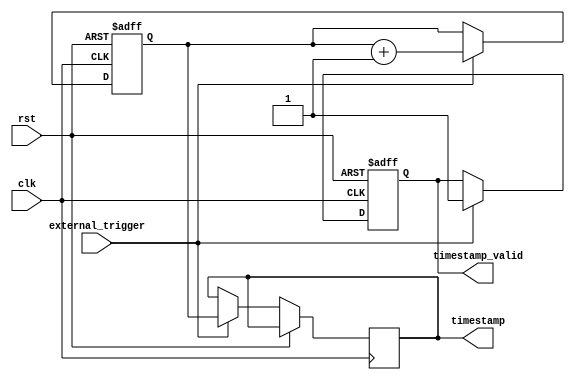
module TimingControlAndSynchronization (
    input clk,
    input rst,
    input external_trigger,
    output reg timestamp_valid,
    output reg [31:0] timestamp
);

reg [31:0] timer;

always @(posedge clk or posedge rst) begin
    if (rst) begin
        timer <= 0;
        timestamp_valid <= 0;
    end else begin
        if (external_trigger) begin
            timer <= timer + 1;
            timestamp <= timer;
            timestamp_valid <= 1;
        end
    end
end

endmodule